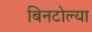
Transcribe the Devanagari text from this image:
बिनटोल्या